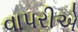
વાપરીએ